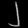
Digit: ၂